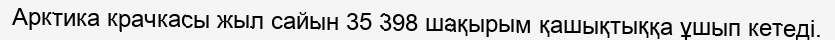
Арктика крачкасы жыл сайын 35 398 шақырым қашықтыққа ұшып кетеді.